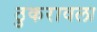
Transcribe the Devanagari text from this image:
ठुकरावला